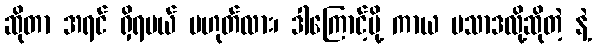
ဆိုတာ အရင် ရှိရမယ် မဟုတ်လား၊ ဒါကြောင့်မို့ ကာယ ပသာဒလို့ဆိုတဲ့ နဲ့